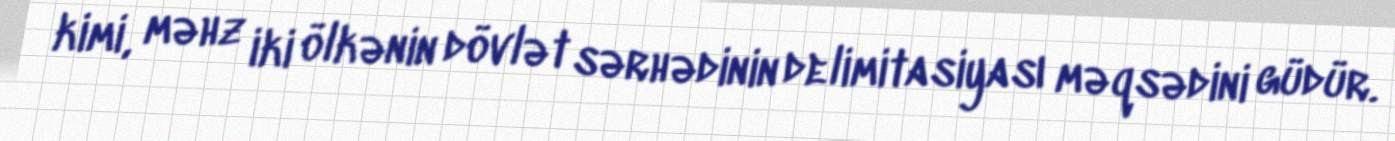
kimi, məhz iki ölkənin dövlət sərhədinin delimitasiyası məqsədini güdür.